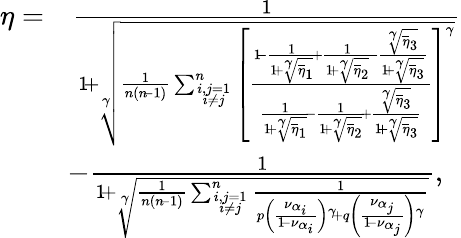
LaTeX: \begin{array}{rl}{\eta=}&{\frac{1}{1\! +\sqrt[\gamma]{\frac{1}{n(n\! -1)}\sum_{i,j=1\atop i\neq j}^{n}\left[\frac{1\! -\frac{1}{1\! +\sqrt[\gamma]{\overline{{\eta}}_{1}}}\! +\frac{1}{1\! +\sqrt[\gamma]{\overline{{\eta}}_{2}}}\! -\frac{\sqrt[\gamma]{\overline{{\eta}}_{3}}}{1\! +\sqrt[\gamma]{\overline{{\eta}}_{3}}}}{\frac{1}{1\! +\sqrt[\gamma]{\overline{{\eta}}_{1}}}\! -\frac{1}{1\! +\sqrt[\gamma]{\overline{{\eta}}_{2}}}\! +\frac{\sqrt[\gamma]{\overline{{\eta}}_{3}}}{1\! +\sqrt[\gamma]{\overline{{\eta}}_{3}}}}\right]^{\gamma}}}}\\ &{\! -\frac{1}{1\! +\sqrt[\gamma]{\frac{1}{n(n\! -1)}\sum_{i,j=1\atop i\neq j}^{n}\frac{1}{p\left(\frac{\nu_{\alpha_{i}}}{1\! -\nu_{\alpha_{i}}}\right){^{\gamma}}\! +q\left(\frac{\nu_{\alpha_{j}}}{1\! -\nu_{\alpha_{j}}}\right){^{\gamma}}}}},}\end{array}